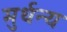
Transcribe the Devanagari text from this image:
मुर्धन्य